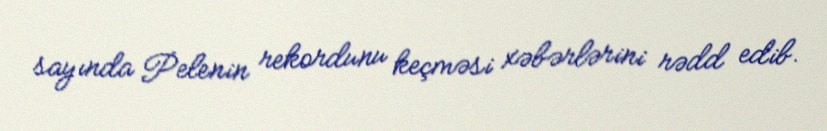
sayında Pelenin rekordunu keçməsi xəbərlərini rədd edib.